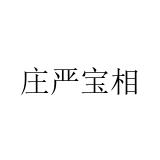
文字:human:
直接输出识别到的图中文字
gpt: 庄严宝相